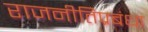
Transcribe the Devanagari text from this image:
राजनीतिप्रबंधा